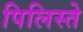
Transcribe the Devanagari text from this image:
पिलिस्ते